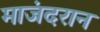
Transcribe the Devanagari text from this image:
माजंदरान